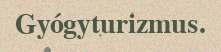
Gyógyturizmus.